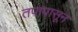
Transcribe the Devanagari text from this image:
तपापासून